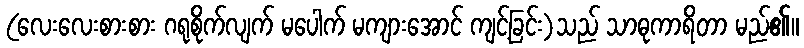
(လေးလေးစားစား ဂရုစိုက်လျက် မပေါက် မကျားအောင် ကျင့်ခြင်း)သည် သာဓုကာရိတာ မည်၏။